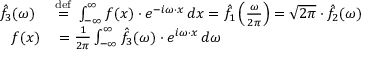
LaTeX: \begin{array} { r l } { { \hat { f } } _ { 3 } ( \omega ) \ } & { { } { \stackrel { \mathrm { d e f } } { = } } \ \int _ { - \infty } ^ { \infty } f ( x ) \cdot e ^ { - i \omega \cdot x } \, d x = { \hat { f } } _ { 1 } \left( { \frac { \omega } { 2 \pi } } \right) = { \sqrt { 2 \pi } } \cdot { \hat { f } } _ { 2 } ( \omega ) } \\ { f ( x ) } & { { } = { \frac { 1 } { 2 \pi } } \int _ { - \infty } ^ { \infty } { \hat { f } } _ { 3 } ( \omega ) \cdot e ^ { i \omega \cdot x } \, d \omega } \end{array}